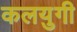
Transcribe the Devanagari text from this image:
कलयुगी